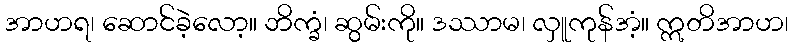
အာဟရ၊ ဆောင်ခဲ့လော့။ ဘိက္ခံ၊ ဆွမ်းကို။ ဒဿာမ၊ လှူကုန်အံ့။ ဣတိအာဟ၊